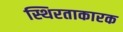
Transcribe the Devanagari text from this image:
स्थिरताकारक